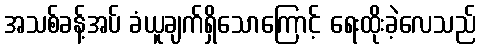
အသစ်ခန့်အပ် ခံယူချက်ရှိသောကြောင့် ရေးထိုးခဲ့လေသည်